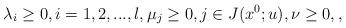
LaTeX: \begin{align*}\lambda_i\geq 0, i=1, 2, ..., l, \mu_j\geq 0, j\in J(x^0; u), \nu\geq 0, ,\end{align*}